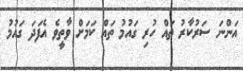
އަންނަ ސަރުކާރު ތައް ހުރި ގައުމު ތައް ކަމަށް ވާތީވެ އެފަދަ ގައުމު